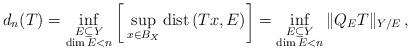
LaTeX: \begin{align*} d_{n} (T) = \inf_{\substack{E \subseteq Y \\ \dim E < n}}\raise -2 pt \hbox{$\bigg[$} \sup_{x \in B_X} {\rm dist}\, (T x, E) \raise - 2 pt \hbox{$\bigg]$} = \inf_{\substack{E \subseteq Y \\ \dim E < n}} \| Q_E T \|_{Y/ E} \, , \end{align*}